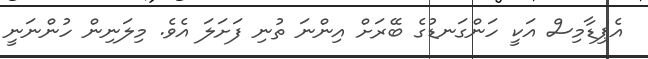
އެޕިޑާމިސް އަކީ ހަންގަނޑުގެ ބޭރަށް އިންނަ ތުނި ފަށަލަ އެވެ. މިލަނިން ހުންނަނީ